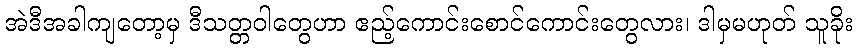
အဲဒီအခါကျတော့မှ ဒီသတ္တဝါတွေဟာ ဧည့်ကောင်းစောင်ကောင်းတွေလား၊ ဒါမှမဟုတ် သူခိုး